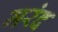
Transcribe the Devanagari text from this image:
मरंद